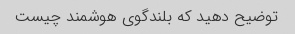
توضیح دهید که بلندگوی هوشمند چیست